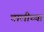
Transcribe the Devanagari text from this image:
चालीच्या